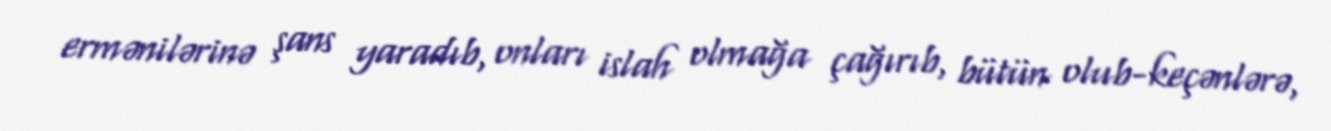
ermənilərinə şans yaradıb, onları islah olmağa çağırıb, bütün olub-keçənlərə,